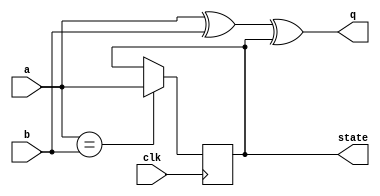
module top_module (
    input clk,
    input a,
    input b,
    output q,
    output state  );

    assign q = a^b^state;
    always @(posedge clk) begin
        state <= (a==b) ? a:state; //慢一個clk
    end
endmodule